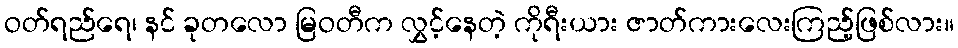
ဝတ်ရည်ရေ၊ နင် ခုတလော မြဝတီက လွှင့်နေတဲ့ ကိုရီးယား ဇာတ်ကားလေးကြည့်ဖြစ်လား။